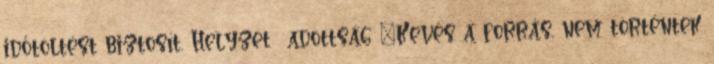
időtöltést biztosít. Helyzet adottság ▪Kevés a forrás, nem történtek